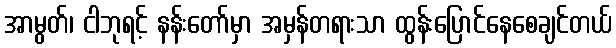
အာမွတ်၊ ငါဘုရင့် နန်းတော်မှာ အမှန်တရားသာ ထွန်းပြောင်နေစေချင်တယ်